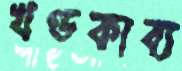
খণ্ডকাব্য